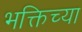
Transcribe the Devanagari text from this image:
भक्तिच्या